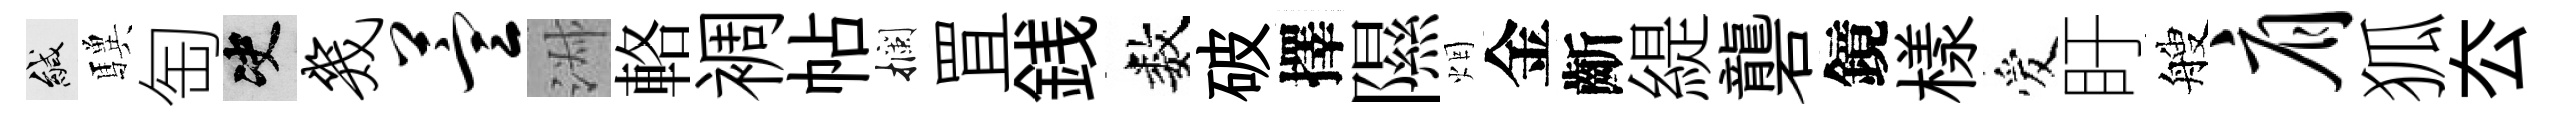
緘驥匋决几萱淑輅裯帖攔罝銭数破擇隰烟金齗緹礱鏡樣爱盱艘肩狐厺